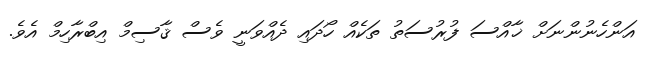
އަންހެނުންނަށް ޚާއްސަ ފުރުސަތު ތަކެއް ހޯދައި ދެއްވަނީ ވެސް ޤާސިމް އިބްރާހިމް އެވެ.